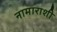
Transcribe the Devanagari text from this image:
नामाराशी